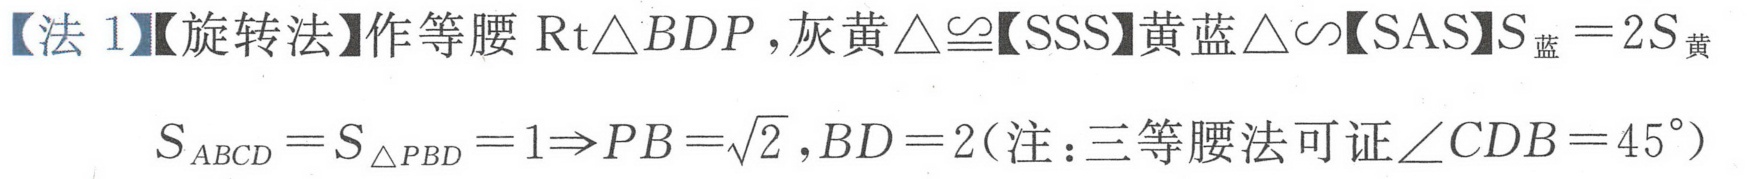
【法 1】【旋转法】作等腰\(\text{Rt}\triangle BDP\)，灰黄\(\triangle\cong\)【SSS】黄蓝\(\triangle\sim\)【SAS】\(S_{蓝}=2S_{黄}\)
\(S_{ABCD}=S_{\triangle PBD}=1\Rightarrow PB = \sqrt{2},BD = 2\)（注：三等腰法可证\(\angle CDB = 45^{\circ}\)）